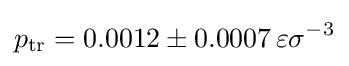
p_{\mathrm {tr} }=0.0012\pm 0.0007\,\varepsilon \sigma ^{-3}